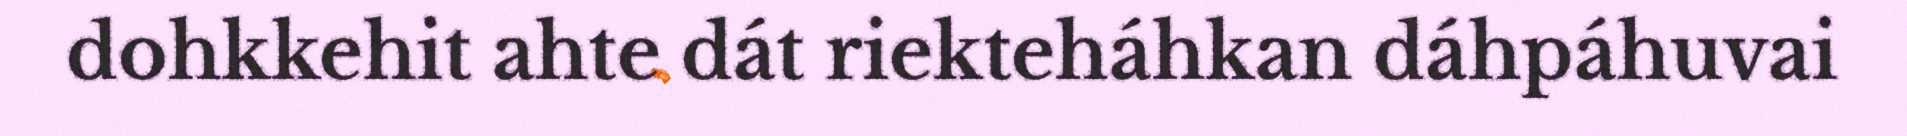
dohkkehit ahte dát riekteháhkan dáhpáhuvai